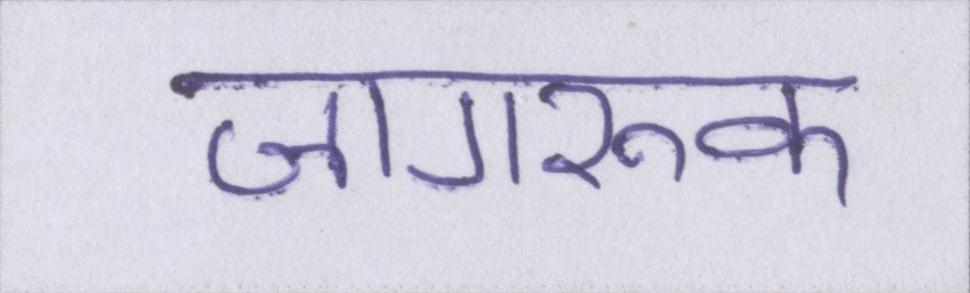
जागरूक